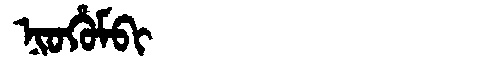
Manchu: ᠨᡳᠣᡥᡠᠮᠪᡳ
Romanization: NIOHUMBI